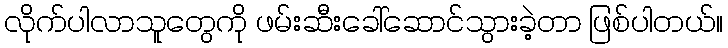
လိုက်ပါလာသူတွေကို ဖမ်းဆီးခေါ်ဆောင်သွားခဲ့တာ ဖြစ်ပါတယ်။